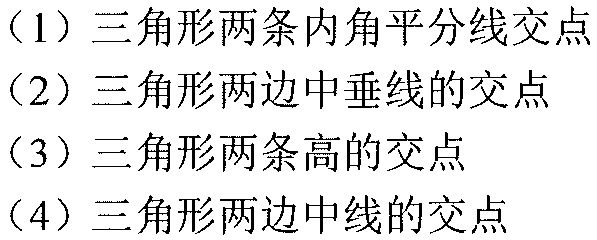
(1) 三角形两条内角平分线交点
(2) 三角形两边中垂线的交点
(3) 三角形两条高的交点
(4) 三角形两边中线的交点